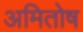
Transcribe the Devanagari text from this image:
अमितोष